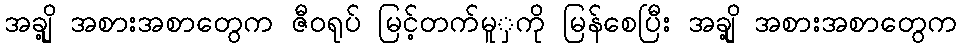
အချို့ အစားအစာတွေက ဇီဝရုပ် မြင့်တက်မူှကို မြန်စေပြီး အချို့ အစားအစာတွေက